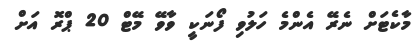
މާކެޓަށް ނެރޭ އެންމެ ހަލުވި ފޯނަކީ ވާވޭ މޭޓް 20 ޕްރޮ އަށް